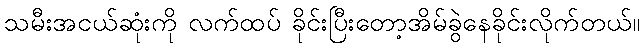
သမီးအငယ်ဆုံးကို လက်ထပ် ခိုင်းပြီးတော့အိမ်ခွဲနေခိုင်းလိုက်တယ်။